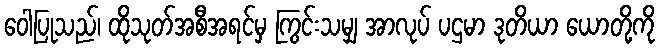
ဝေါပြုသည်၊ ထိုသုတ်အစီအရင်မှ ကြွင်းသမျှ အာလုပ် ပဌမာ ဒုတိယာ ယောတို့ကို